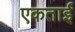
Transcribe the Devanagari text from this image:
एकताई